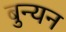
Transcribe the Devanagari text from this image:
बुन्यन